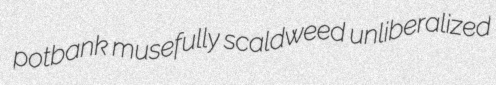
potbank musefully scaldweed unliberalized